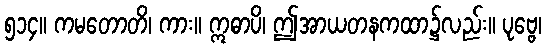
၅၁၄။ ကမတောတိ၊ ကား။ ဣဓာပိ၊ ဤအာယတနကထာ၌လည်း။ ပုဗ္ဗေ၊